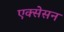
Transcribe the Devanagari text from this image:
एक्सेसन